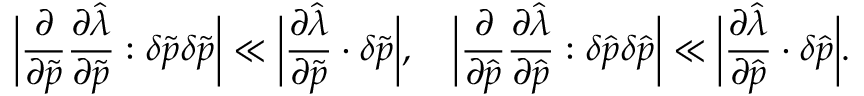
\bigg \lvert \frac { \partial } { { \partial \widetilde { \boldsymbol { p } } } } \frac { \partial \widehat { \lambda } } { \partial \widetilde { \boldsymbol { p } } } \boldsymbol { : } \delta \widetilde { \boldsymbol { p } } \delta \widetilde { \boldsymbol { p } } \bigg \rvert \ll \bigg \lvert \frac { \partial \widehat { \lambda } } { \partial \widetilde { \boldsymbol { p } } } \cdot \delta \widetilde { \boldsymbol { p } } \bigg \rvert , \quad \bigg \lvert \frac { \partial } { { \partial \widehat { \boldsymbol { p } } } } \frac { \partial \widehat { \lambda } } { \partial \widehat { \boldsymbol { p } } } \boldsymbol { : } \delta \widehat { \boldsymbol { p } } \delta \widehat { \boldsymbol { p } } \bigg \rvert \ll \bigg \lvert \frac { \partial \widehat { \lambda } } { \partial \widehat { \boldsymbol { p } } } \cdot \delta \widehat { \boldsymbol { p } } \bigg \rvert .